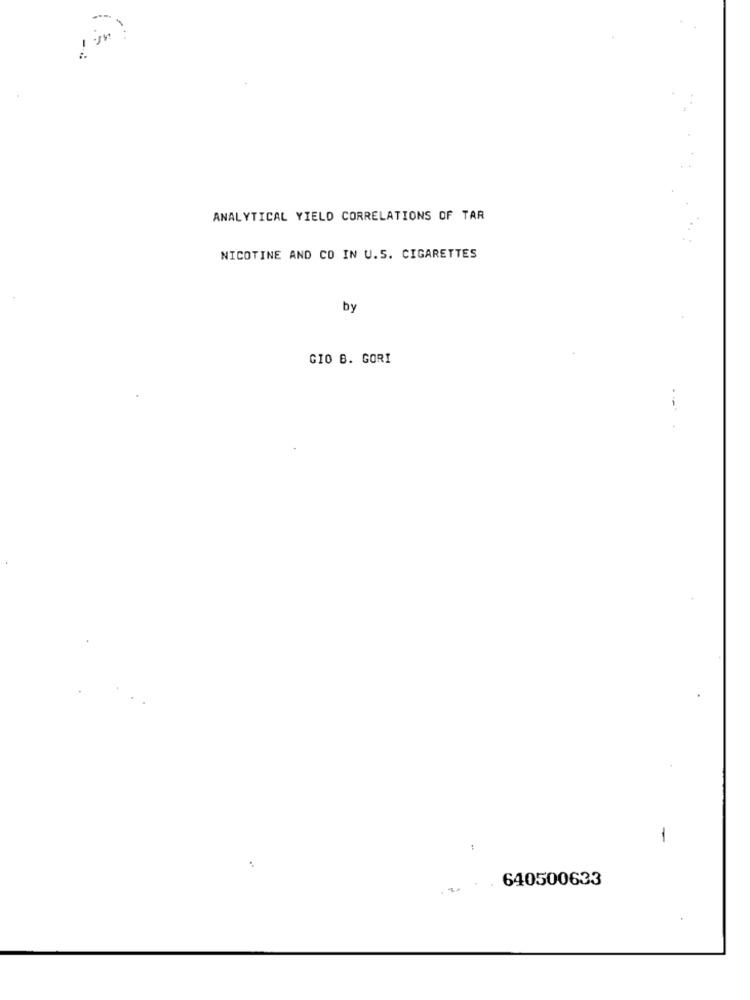
in
ANALYTICAL YIELD CORRELATIONS OF TAR
NICOTINE AND CO IN U.S. CIGARETTES
by
GIO B. GORI
1
640500633